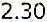
2.30